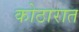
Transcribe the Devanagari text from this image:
कोठारात